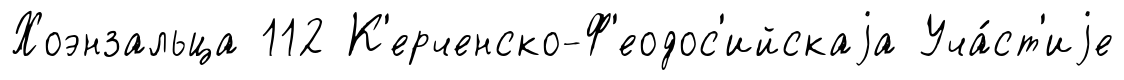
Хоэнзальца 112 К'ерченско-Ф'еодос'ийскаjа Уча́ст'иjе